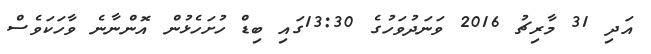
އަދި 31 މާރިޗު 2016 ވަނަދުވަހުގެ 13:30ގައި ބިޑް ހުށަހެޅުން އޮންނާނެ ވާހަކަވެސް